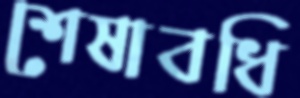
শেষাবধি